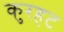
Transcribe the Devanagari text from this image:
कुरहट